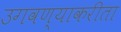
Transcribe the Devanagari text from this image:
उगवण्याकरीता